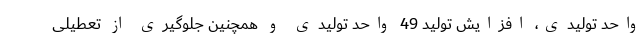
واحد تولیدی، افزایش تولید 49 واحد تولیدی و همچنین جلوگیری از تعطیلی